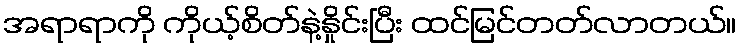
အရာရာကို ကိုယ့်စိတ်နဲ့နှိုင်းပြီး ထင်မြင်တတ်လာတယ်။